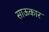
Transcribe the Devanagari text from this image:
साऊकार